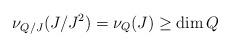
LaTeX: \begin{align*}\nu_{Q/J}(J/J^{2}) = \nu_{Q}(J)\ge \dim Q\end{align*}